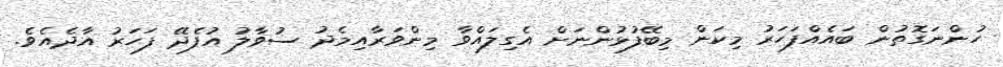
ހުންނަގޮތުން ބައެއްފަހަރު މިކަން މިބޭފުޅުންނަށް އެގިލައްވާ މިންވަރާއިމެދު ސުވާލު އުފެދޭ ފަހަރު އާދެއެވެ.